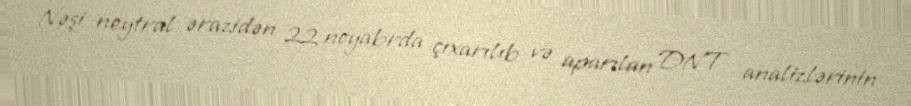
Nəşi neytral ərazidən 22 noyabrda çıxarılıb və aparılan DNT analizlərinin